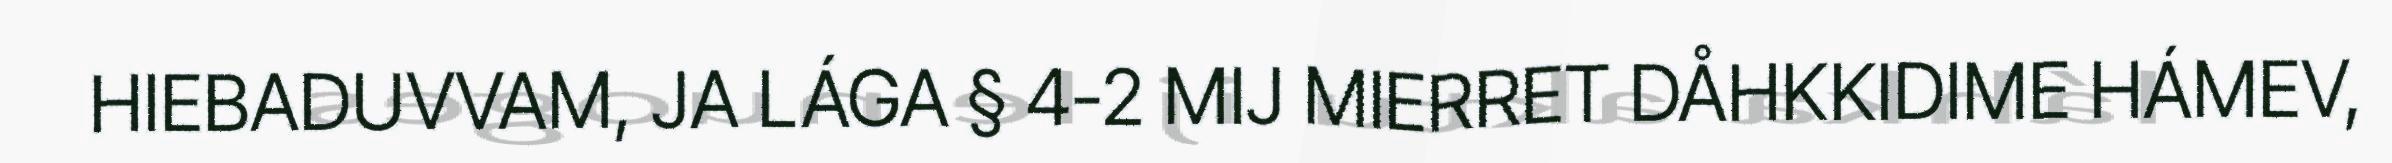
HIEBADUVVAM, JA LÁGA § 4-2 MIJ MIERRET DÅHKKIDIME HÁMEV,